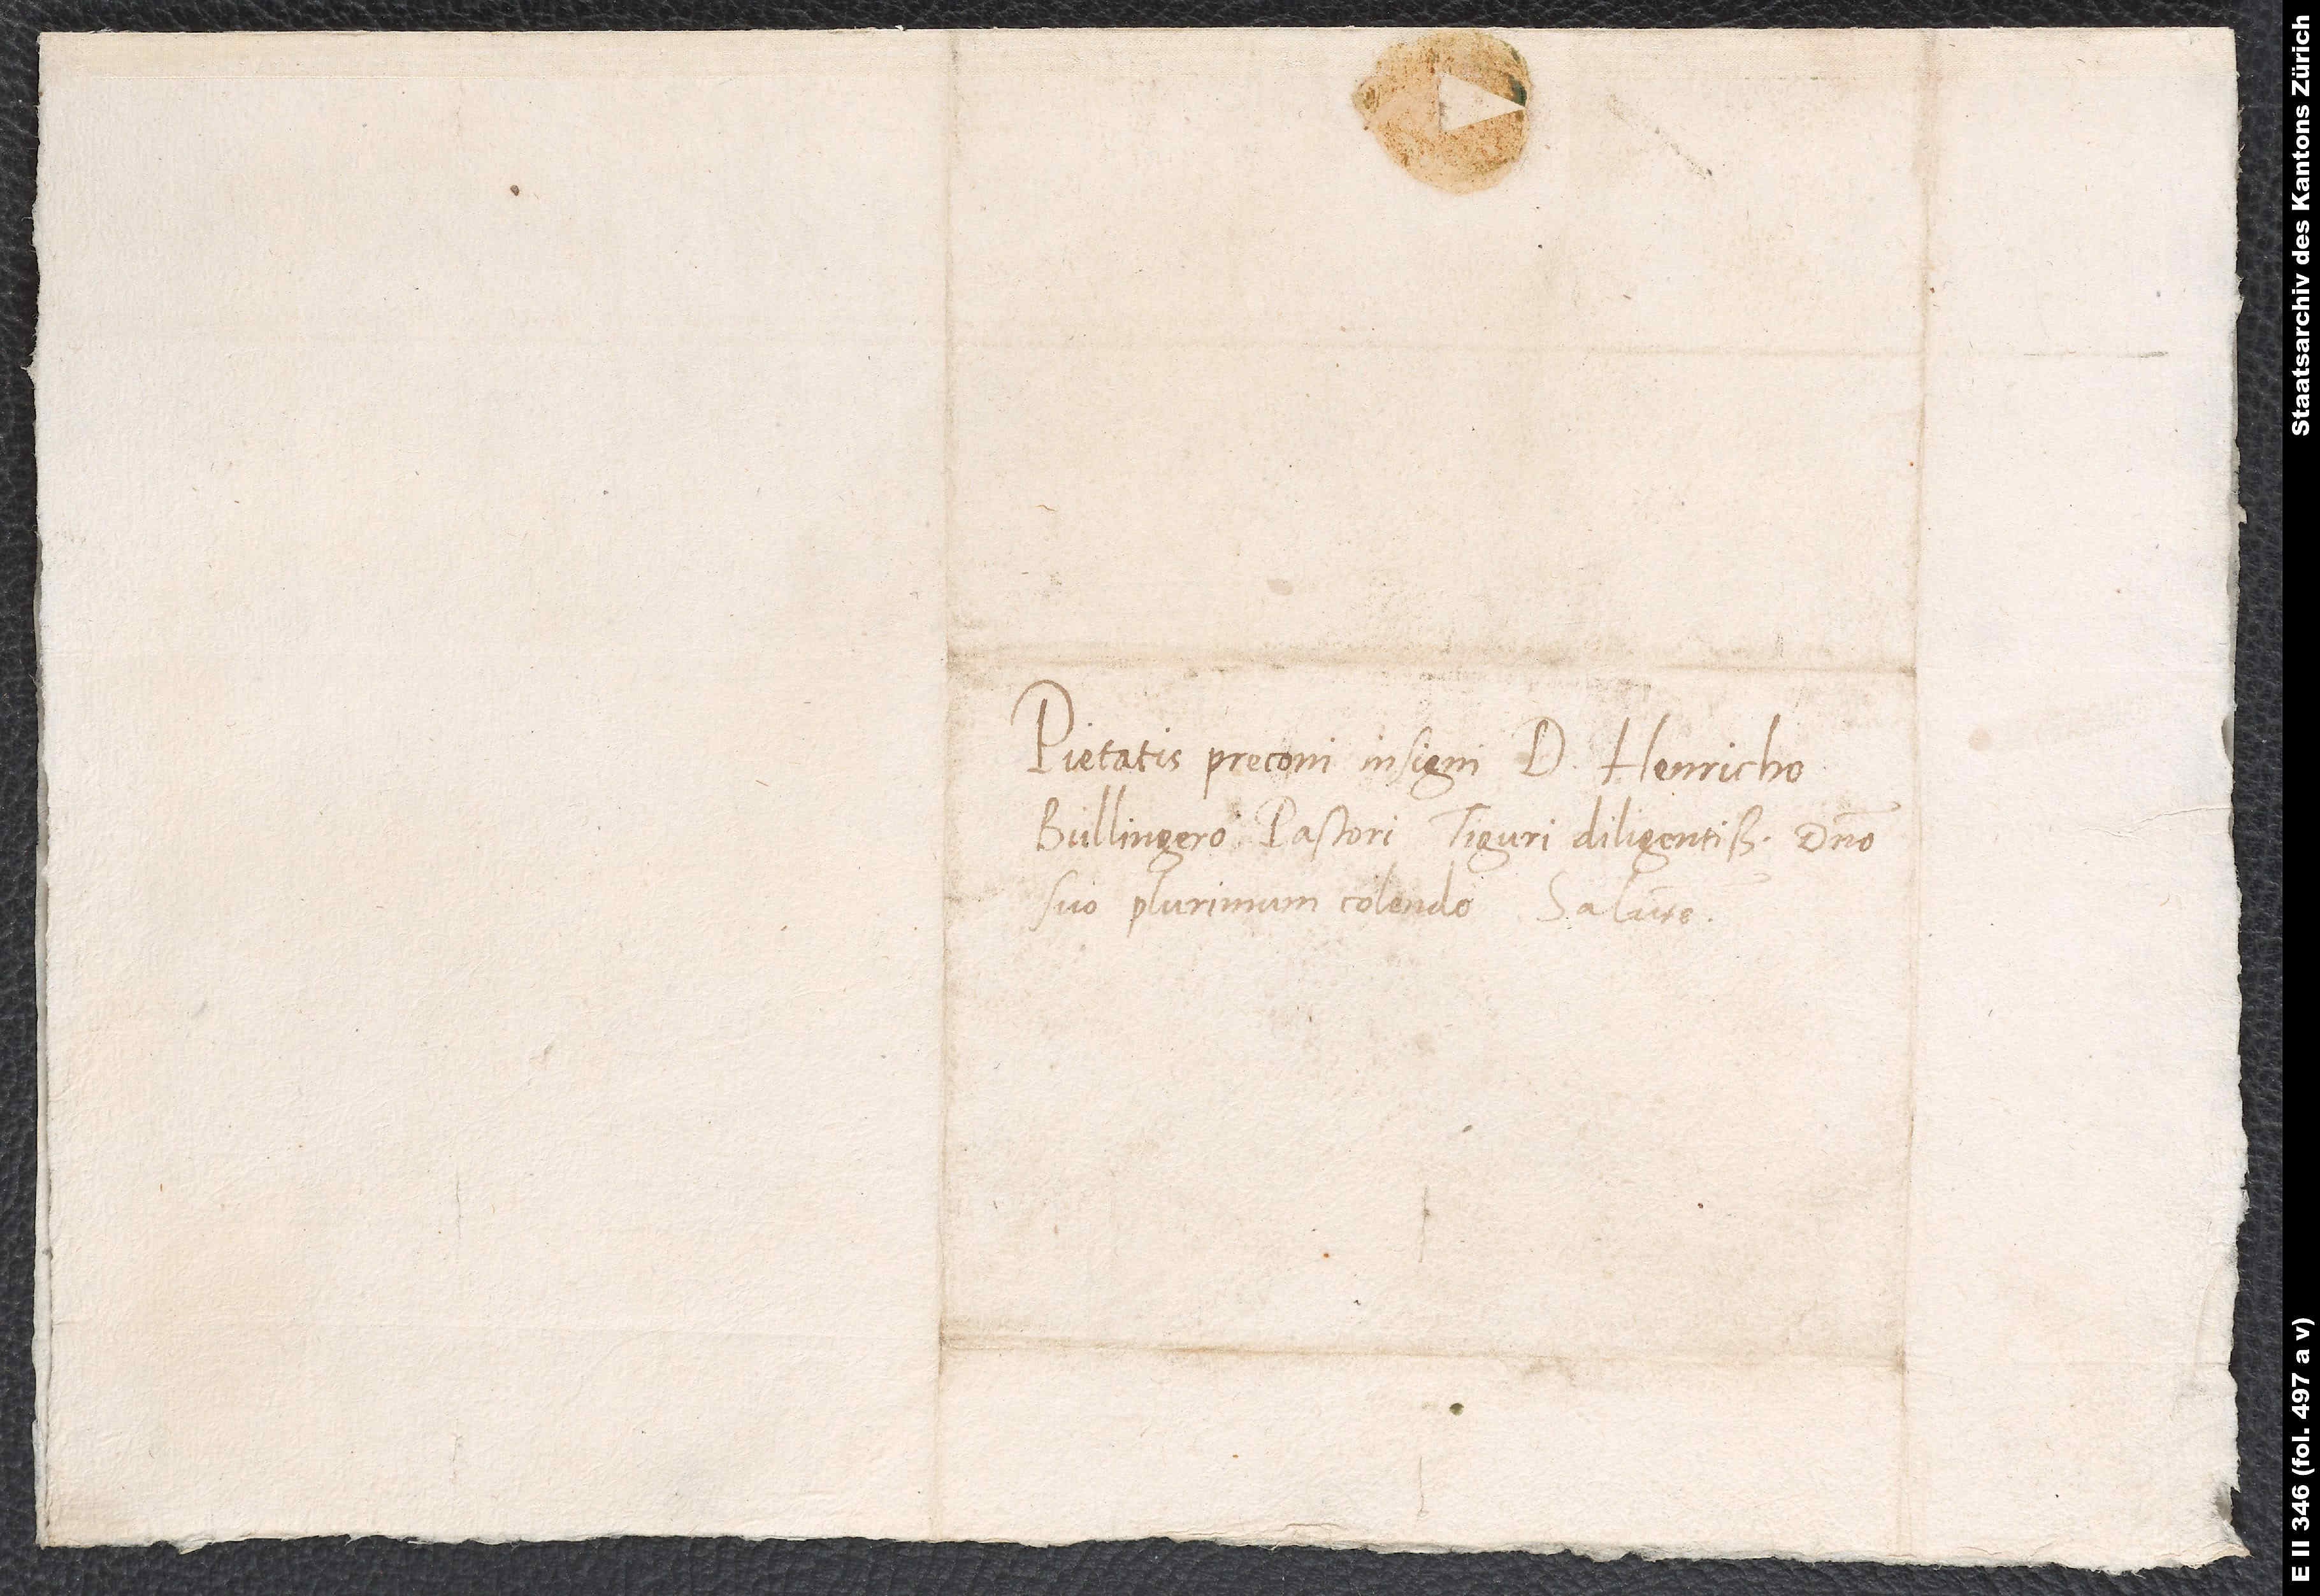
Pietatis preconi insigni domino Henricho
Bullingero, pastori Tiguri diligentissimo, domino
suo plurimum colendo, salutem.